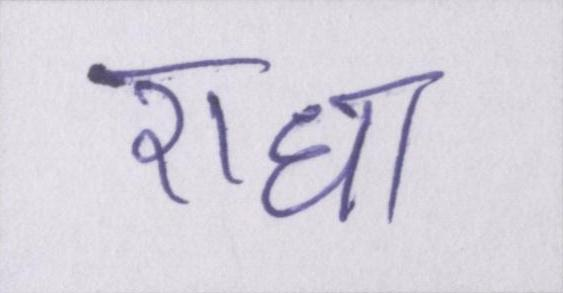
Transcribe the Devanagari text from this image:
राधा